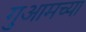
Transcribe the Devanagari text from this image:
गुआमच्या